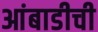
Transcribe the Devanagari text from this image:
आंबाडीची